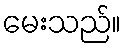
မေးသည်။